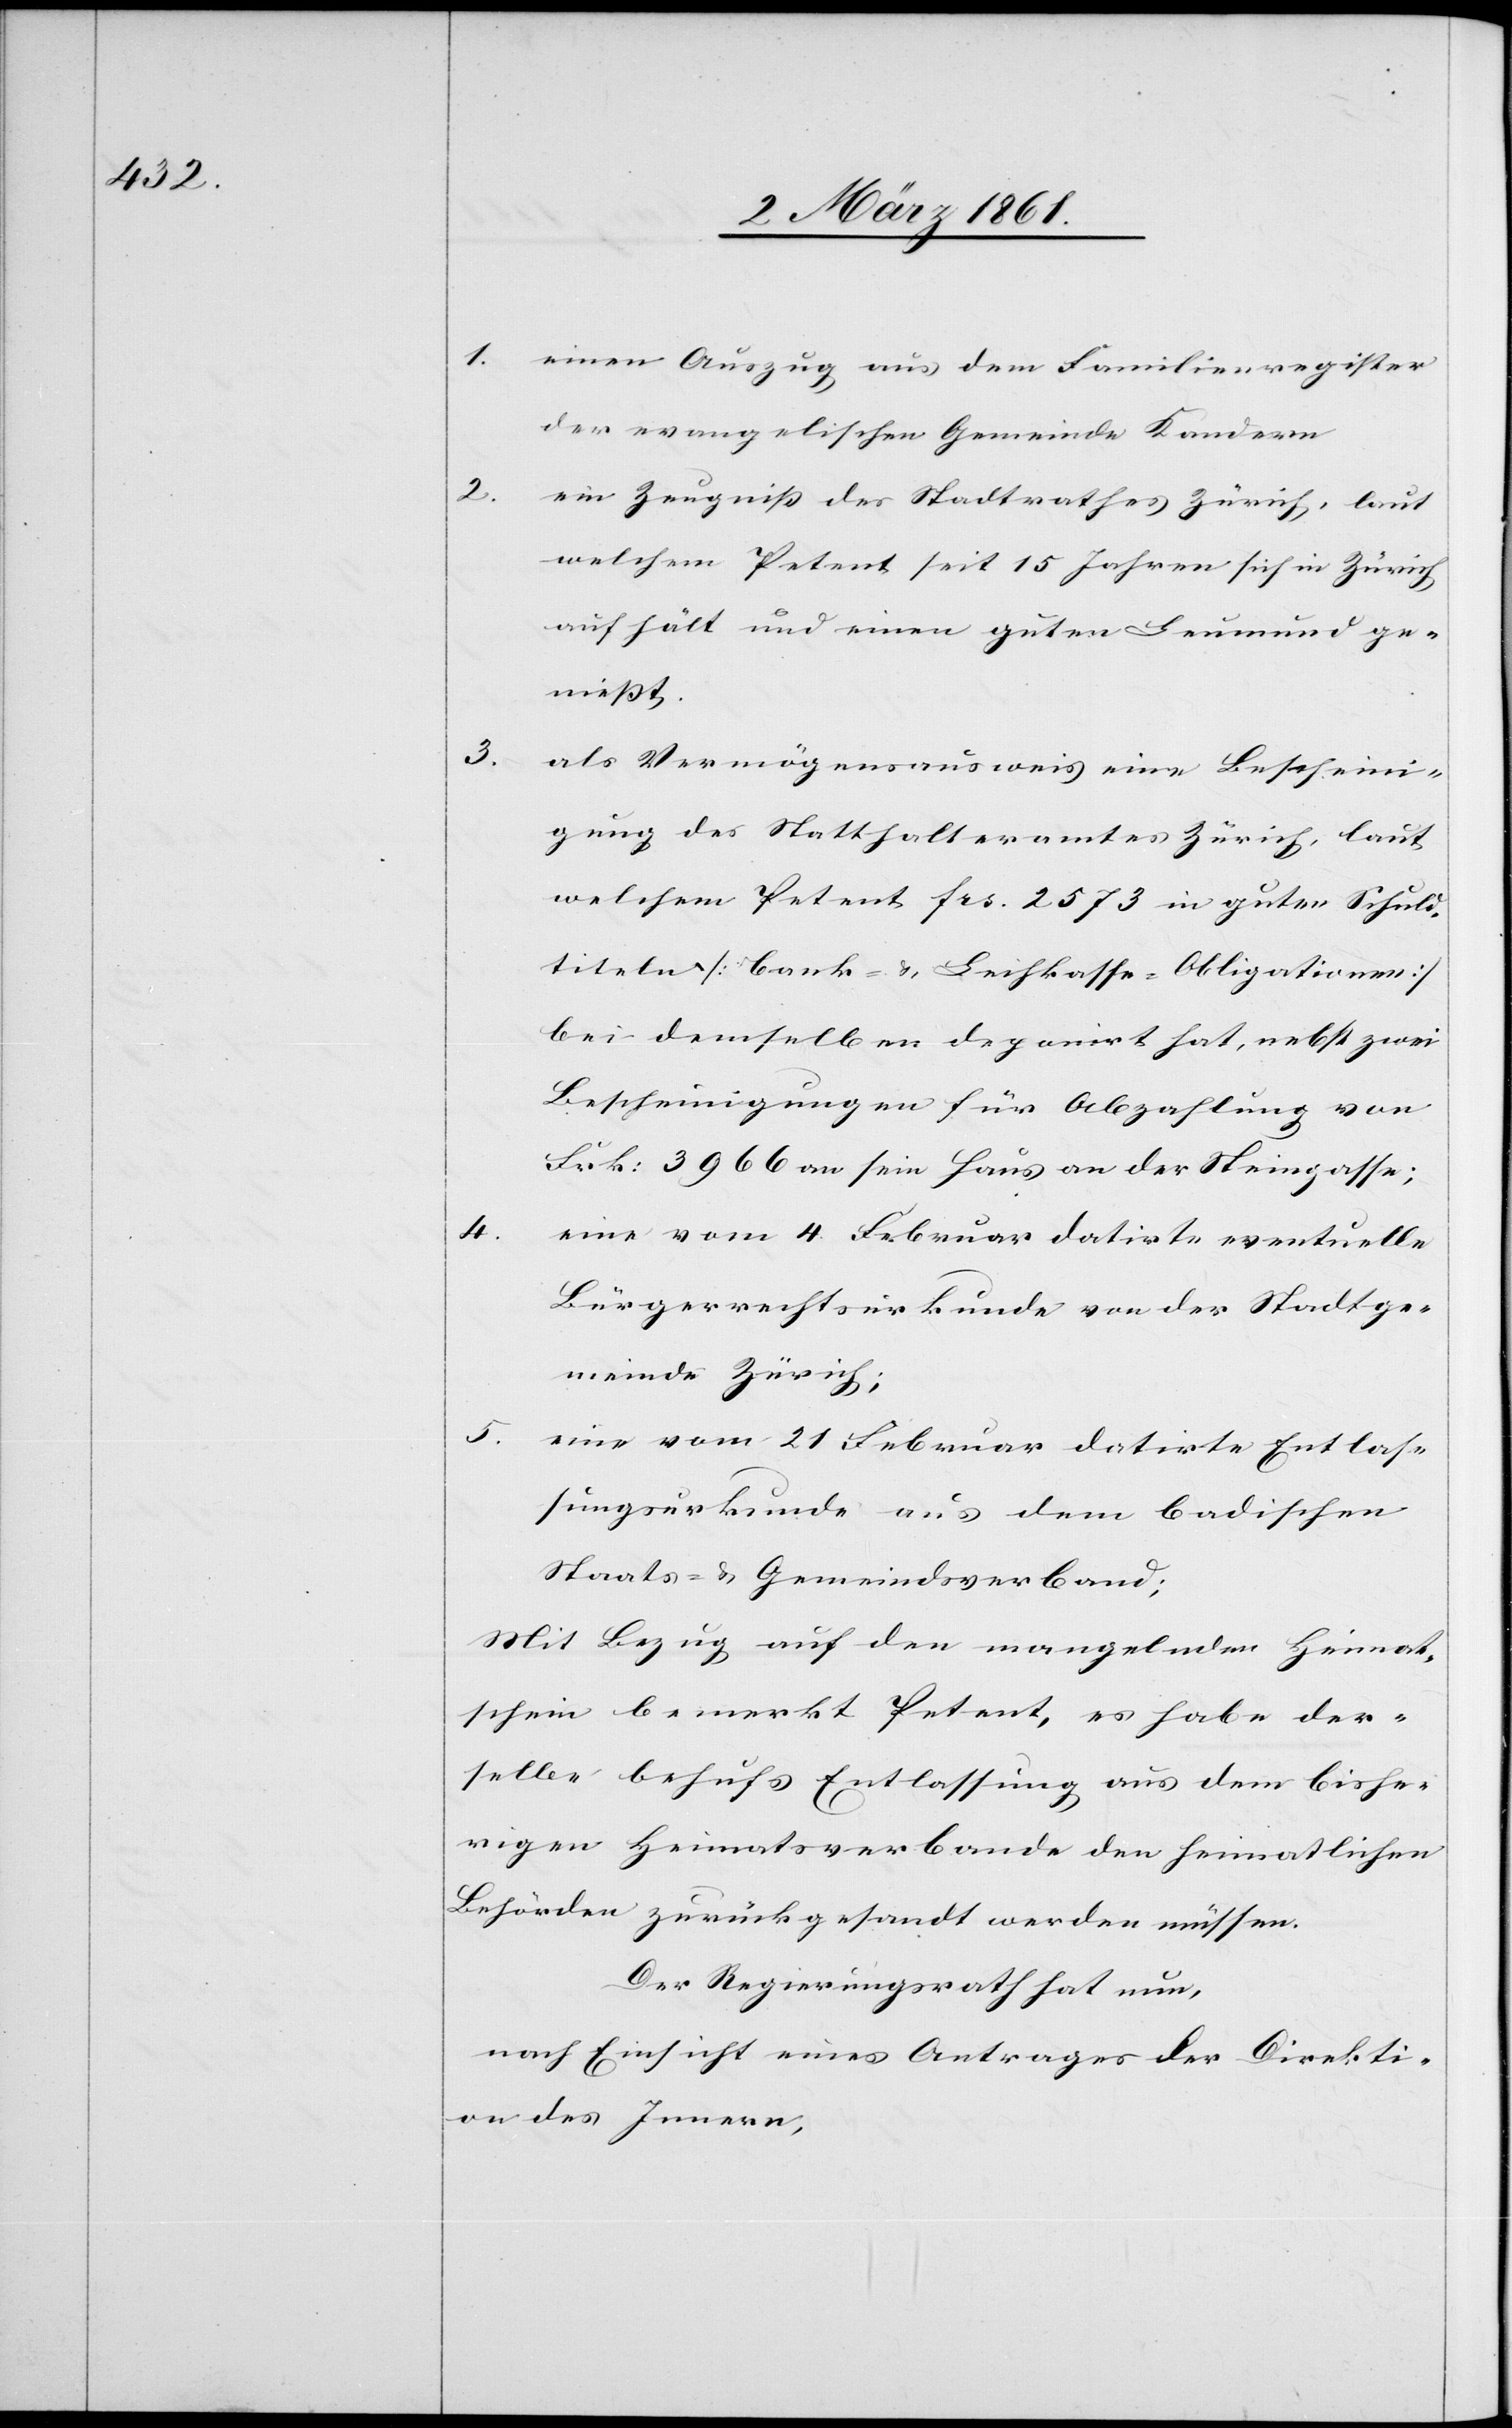
1.
2.
3.

einen Auszug aus dem Familienregister
der evangelischen Gemeinde Kandern
ein Zeugniss des Stadtrathes Zürich, laut
welchem Petent seit 15 Jahren sich in Zürich
aufhält und einen guten Leumund ge¬
niesst.
als Vermögensausweis eine Bescheini¬
gung des Statthalteramtes Zürich, laut
welchem Petent frs. 2573 in guten Schuld¬
titeln (Bank- u. Leihkasse-Obligationen)
bei demselben deponirt hat, nebst zwei
Bescheinigungen für Abzahlung von
Frk. 3966 an sein Haus an der Steingasse;
4.
eine vom 4 Februar datirte eventuelle
Bürgerrechtsurkunde von der Stadtge¬
meinde Zürich;
5.
eine vom 21 Februar datirte Entlas¬
sungsurkunde aus dem badischen
Staats- u. Gemeindsverband;
Mit Bezug auf den mangelnden Heimat¬
schein bemerkt Petent, es habe der¬
selle [sic!] behufs Entlassung aus dem bisher¬
igen Heimatsverbande den heimatlichen
Behörden zurückgesandt werden müssen.
Der Regierungsrath hat nun,
nach Einsicht eines Antrages der Direkti¬
on des Innern,